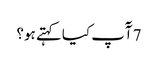
7 آٓپ کیا کہتے ہو؟